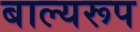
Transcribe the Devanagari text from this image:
बाल्यरूप